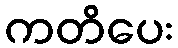
ကတိပေး